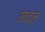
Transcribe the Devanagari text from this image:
उंटदल